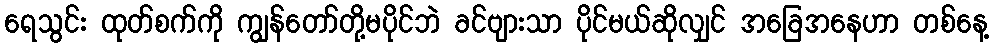
ရေသွင်း ထုတ်စက်ကို ကျွန်တော်တို့မပိုင်ဘဲ ခင်ဗျားသာ ပိုင်မယ်ဆိုလျှင် အခြေအနေဟာ တစ်နေ့